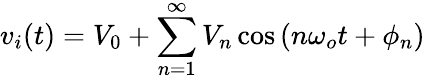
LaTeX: v_{i}(t)=V_{0}+\sum_{n=1}^{\infty}V_{n}\cos\left(n\omega_{o}t+\phi_{n}\right)